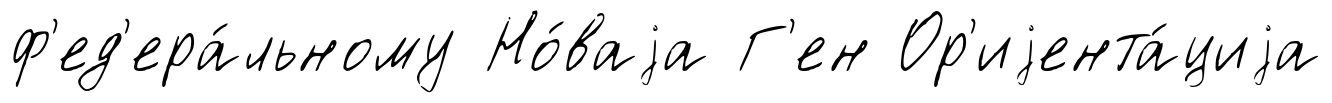
ф'ед'ера́льному Но́ваjа Г'ен Ор'иjента́циjа